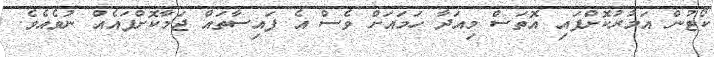
ކޯޓުން އަމުރުކޮށްފައި އޮތަސް މިއަދާ ހަމައަށް ވެސް އެ ފައިސާތައް ޖަމާކޮށްފައެއް ނުވެއެވެ.